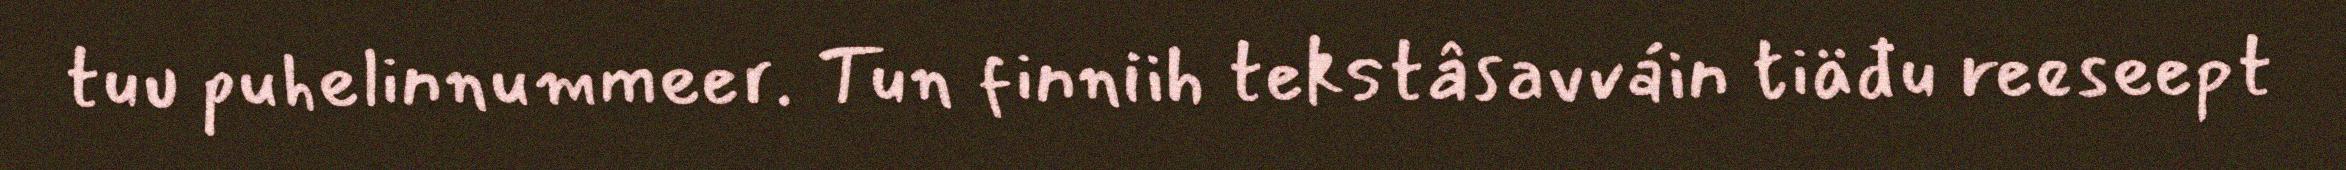
tuu puhelinnummeer. Tun finniih tekstâsavváin tiäđu reeseept